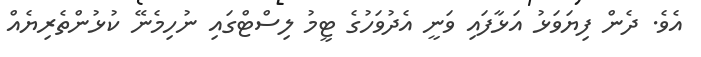
އެވެ. ދެން ފިޔަވަޅު އަޅާފައި ވަނީ އެދުވަހުގެ ޓީމު ލިސްޓްގައި ނުހިމެނޭ ކުޅުންތެރިޔެއް